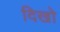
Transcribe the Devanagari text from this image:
दिखो